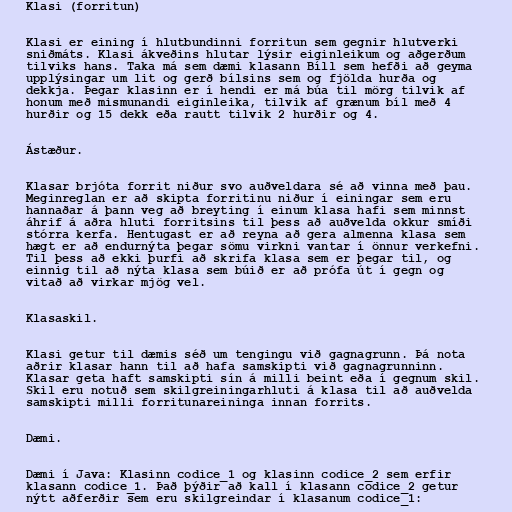
Klasi (forritun)

Klasi er eining í hlutbundinni forritun sem gegnir hlutverki
sniðmáts. Klasi ákveðins hlutar lýsir eiginleikum og aðgerðum
tilviks hans. Taka má sem dæmi klasann Bíll sem hefði að geyma
upplýsingar um lit og gerð bílsins sem og fjölda hurða og
dekkja. Þegar klasinn er í hendi er má búa til mörg tilvik af
honum með mismunandi eiginleika, tilvik af grænum bíl með 4
hurðir og 15 dekk eða rautt tilvik 2 hurðir og 4.

Ástæður.

Klasar brjóta forrit niður svo auðveldara sé að vinna með þau.
Meginreglan er að skipta forritinu niður í einingar sem eru
hannaðar á þann veg að breyting í einum klasa hafi sem minnst
áhrif á aðra hluti forritsins til þess að auðvelda okkur smíði
stórra kerfa. Hentugast er að reyna að gera almenna klasa sem
hægt er að endurnýta þegar sömu virkni vantar í önnur verkefni.
Til þess að ekki þurfi að skrifa klasa sem er þegar til, og
einnig til að nýta klasa sem búið er að prófa út í gegn og
vitað að virkar mjög vel.

Klasaskil.

Klasi getur til dæmis séð um tengingu við gagnagrunn. Þá nota
aðrir klasar hann til að hafa samskipti við gagnagrunninn.
Klasar geta haft samskipti sín á milli beint eða í gegnum skil.
Skil eru notuð sem skilgreiningarhluti á klasa til að auðvelda
samskipti milli forritunareininga innan forrits.

Dæmi.

Dæmi í Java: Klasinn codice_1 og klasinn codice_2 sem erfir
klasann codice_1. Það þýðir að kall í klasann codice_2 getur
nýtt aðferðir sem eru skilgreindar í klasanum codice_1: